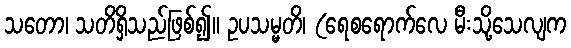
သတော၊ သတိရှိသည်ဖြစ်၍။ ဥပသမ္မတိ၊ (ရေစရောက်လေ မီးသို့သေလျက